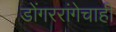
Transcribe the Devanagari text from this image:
डोंगररांगेचाही